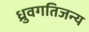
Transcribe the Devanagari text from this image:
ध्रुवगतिजन्य